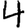
Digit: 4